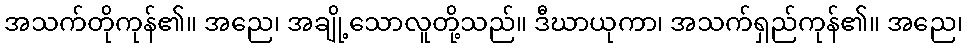
အသက်တိုကုန်၏။ အညေ၊ အချို့သောလူတို့သည်။ ဒီဃာယုကာ၊ အသက်ရှည်ကုန်၏။ အညေ၊